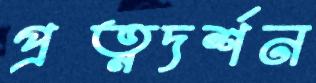
প্রত্নদর্শন